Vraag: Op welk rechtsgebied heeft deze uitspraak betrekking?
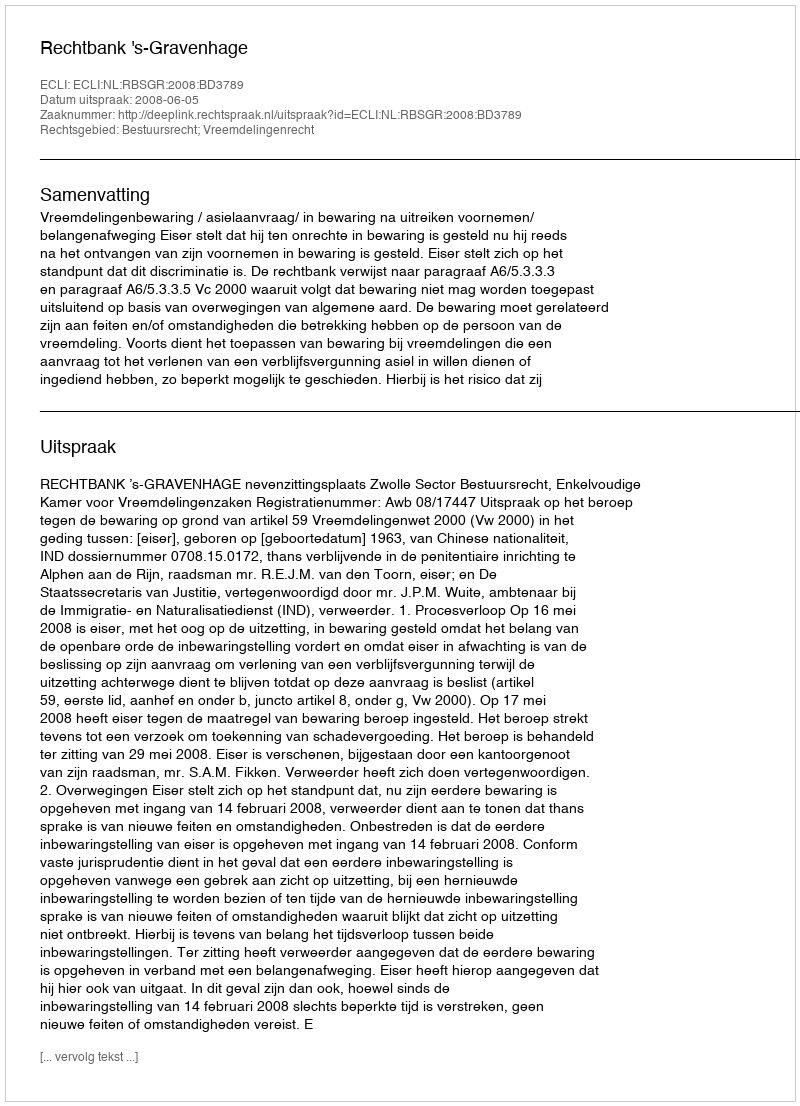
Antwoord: Bestuursrecht; Vreemdelingenrecht